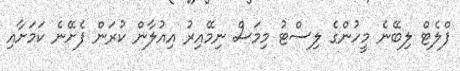
ފްލެޓް ލިބޭނެ މީހުންގެ ލިސްޓު މިމަސް ނިމޭއިރު އިއުލާން ކުރަން ފެށޭނެ ކަމަށާއި